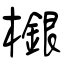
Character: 檭